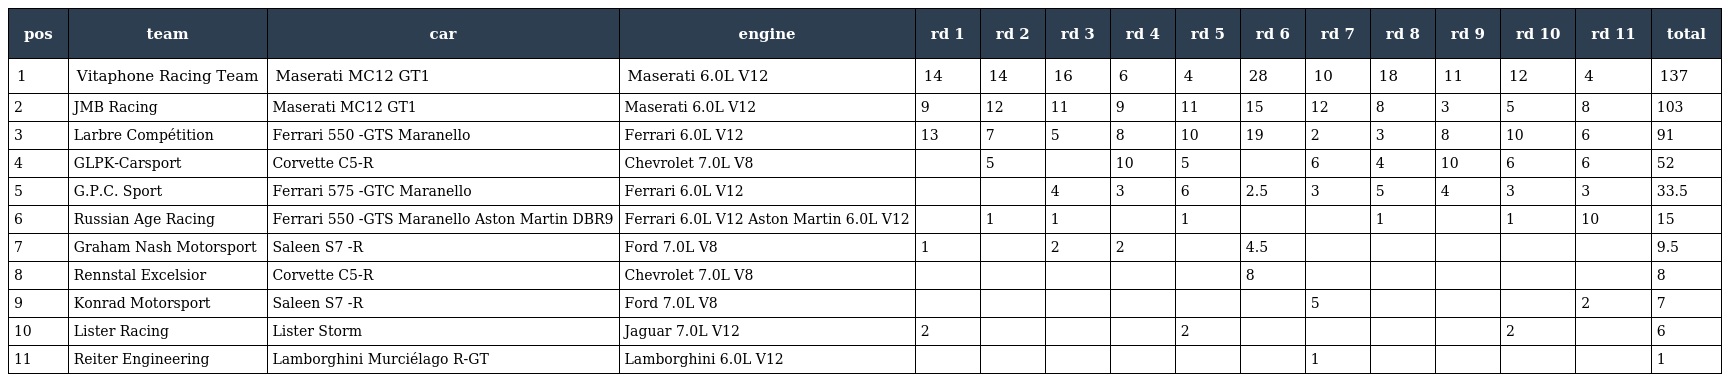
| pos | team | car | engine | rd 1 | rd 2 | rd 3 | rd 4 | rd 5 | rd 6 | rd 7 | rd 8 | rd 9 | rd 10 | rd 11 | total |
 | --- | --- | --- | --- | --- | --- | --- | --- | --- | --- | --- | --- | --- | --- | --- | --- |
 | 1 | Vitaphone Racing Team | Maserati MC12 GT1 | Maserati 6.0L V12 | 14 | 14 | 16 | 6 | 4 | 28 | 10 | 18 | 11 | 12 | 4 | 137 |
 | 2 | JMB Racing | Maserati MC12 GT1 | Maserati 6.0L V12 | 9 | 12 | 11 | 9 | 11 | 15 | 12 | 8 | 3 | 5 | 8 | 103 |
 | 3 | Larbre Compétition | Ferrari 550 -GTS Maranello | Ferrari 6.0L V12 | 13 | 7 | 5 | 8 | 10 | 19 | 2 | 3 | 8 | 10 | 6 | 91 |
 | 4 | GLPK-Carsport | Corvette C5-R | Chevrolet 7.0L V8 |  | 5 |  | 10 | 5 |  | 6 | 4 | 10 | 6 | 6 | 52 |
 | 5 | G.P.C. Sport | Ferrari 575 -GTC Maranello | Ferrari 6.0L V12 |  |  | 4 | 3 | 6 | 2.5 | 3 | 5 | 4 | 3 | 3 | 33.5 |
 | 6 | Russian Age Racing | Ferrari 550 -GTS Maranello Aston Martin DBR9 | Ferrari 6.0L V12 Aston Martin 6.0L V12 |  | 1 | 1 |  | 1 |  |  | 1 |  | 1 | 10 | 15 |
 | 7 | Graham Nash Motorsport | Saleen S7 -R | Ford 7.0L V8 | 1 |  | 2 | 2 |  | 4.5 |  |  |  |  |  | 9.5 |
 | 8 | Rennstal Excelsior | Corvette C5-R | Chevrolet 7.0L V8 |  |  |  |  |  | 8 |  |  |  |  |  | 8 |
 | 9 | Konrad Motorsport | Saleen S7 -R | Ford 7.0L V8 |  |  |  |  |  |  | 5 |  |  |  | 2 | 7 |
 | 10 | Lister Racing | Lister Storm | Jaguar 7.0L V12 | 2 |  |  |  | 2 |  |  |  |  | 2 |  | 6 |
 | 11 | Reiter Engineering | Lamborghini Murciélago R-GT | Lamborghini 6.0L V12 |  |  |  |  |  |  | 1 |  |  |  |  | 1 |